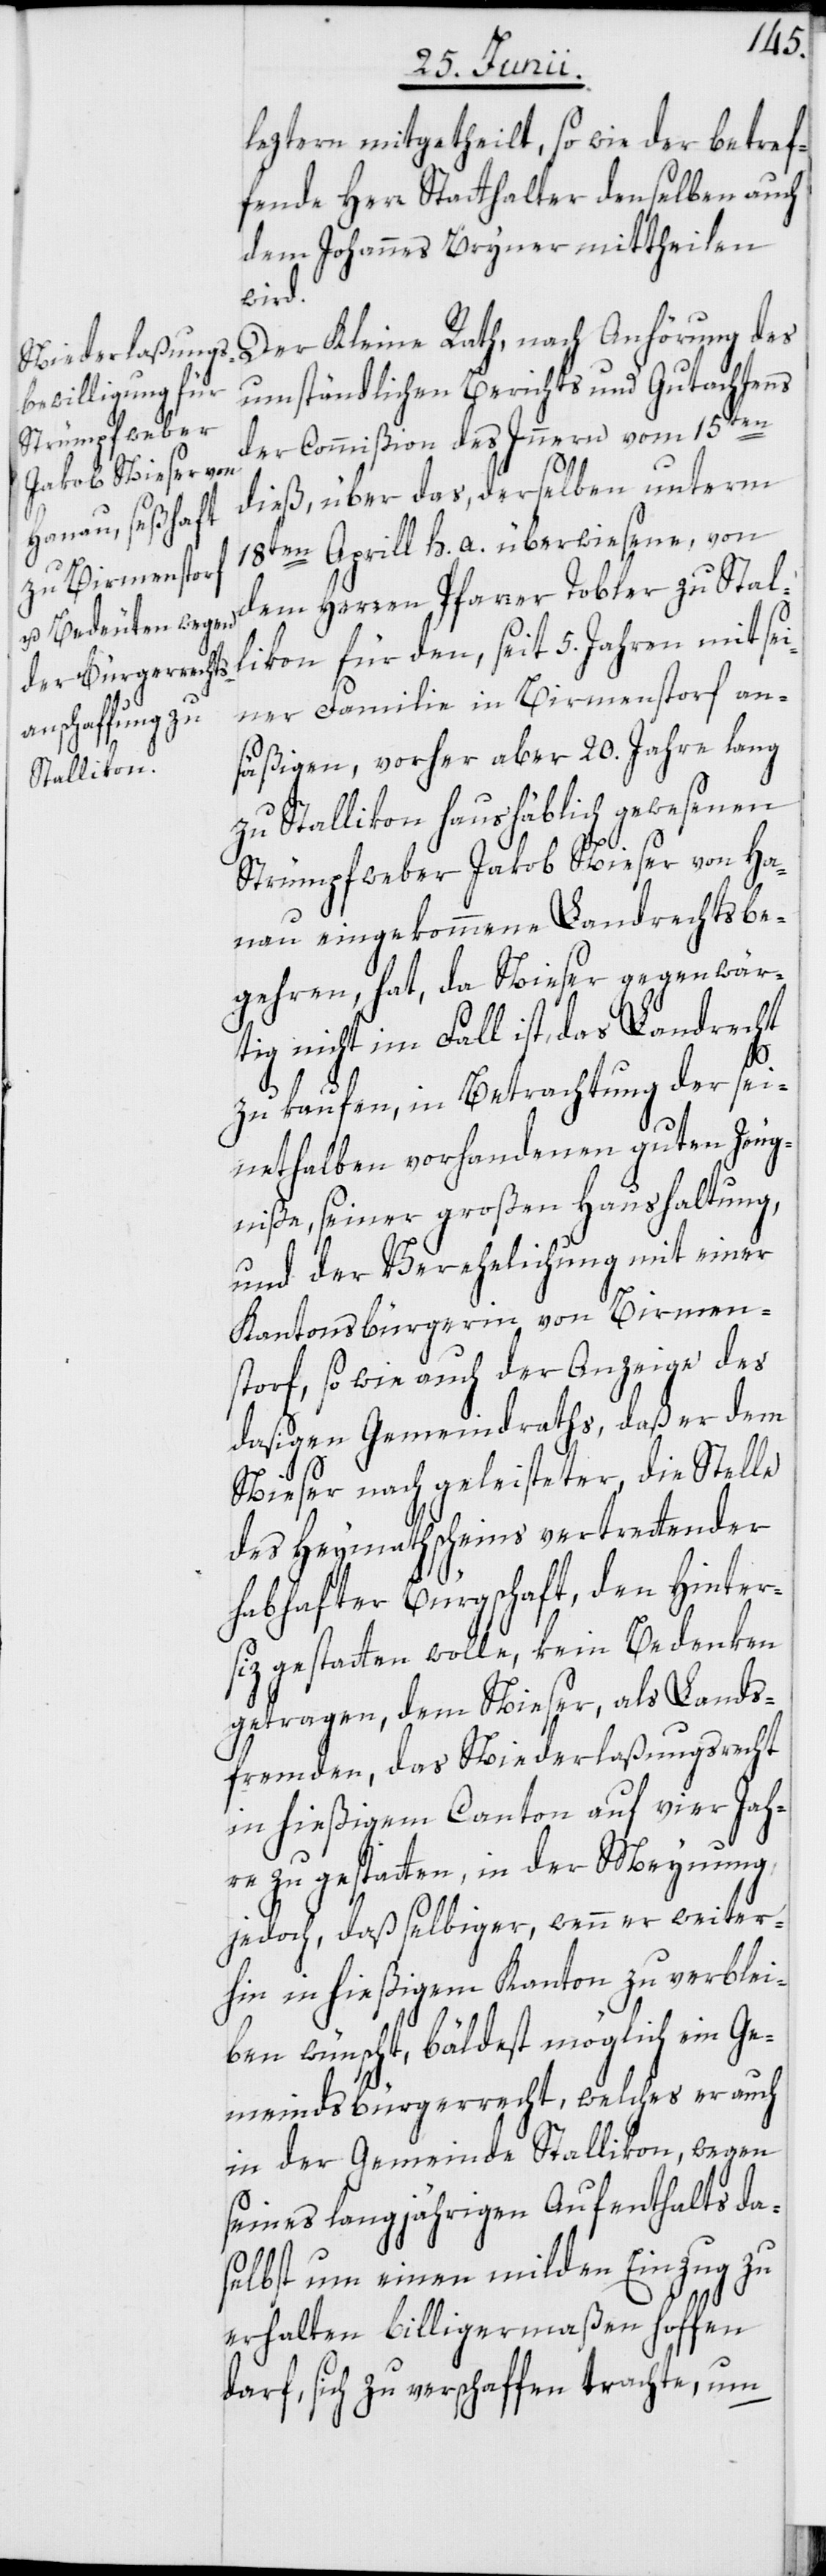
lezteren mitgetheilt, so wie der betref¬
fende Herr Statthalter denselben auch
dem Johannes Bryner mittheilen
wird.
Der Kleine Rath, nach Anhörung des
umständlichen Berichts und Gutachtens
der Commißion des Innern vom 15ten
dieß, über das, derselben unterm
18ten Aprill h. a. überwiesene, von
dem Herren Pfarrer Tobler zu Stal¬
likon für den, seit 5. Jahren mit sei¬
ner Familie in Birmenstorf an¬
säßigen, vorher aber 20. Jahre lang
zu Stallikon haushäblich gewesenen
Strümpfweber Jakob Nieser von Ha¬
nau eingekommene Landrechtsbe¬
gehren, hat, da Nieser gegenwär¬
tig nicht im Fall ist, das Landrecht
zu kaufen, in Betrachtung der sei¬
nethalben vorhandenen guten Zeug¬
niße, seiner großen Haushaltung,
und der Verehelichung mit einer
Kantonsbürgerin von Birmen¬
storf, so wie auch der Anzeige des
dasigen Gemeindraths, daß er dem
Nieser nach geleisteter, die Stelle
des Heymathscheins vertrettender
habhafter Bürgschaft, den Hinter¬
siz gestatten wolle, kein Bedenken
getragen, dem Nieser, als Lands¬
fremden, das Niederlaßungsrecht
in hießigem Canton auf vier Jah¬
re zu gestatten, in der Meynung
jedoch, daß selbiger, wenn er weiter¬
hin in hießigem Kanton zu verblei¬
ben wünscht, bäldest möglich ein Ge¬
meindsbürgerrecht, welches er auch
in der Gemeinde Stallikon, wegen
seines langjährigen Aufenthalts da¬
selbst um einen milden Einzug zu
erhalten billigermaßen hoffen
darf, sich zu verschaffen trachte, um